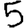
Digit: 5